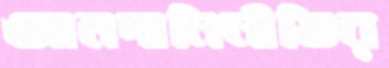
আমদানিনীতির